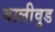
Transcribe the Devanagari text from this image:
वालीवुड